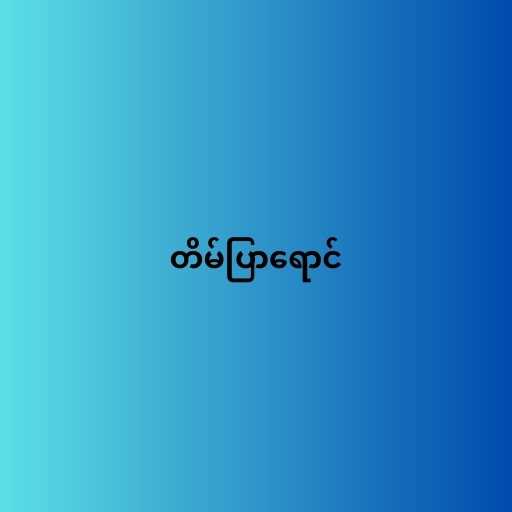
တိမ်ပြာရောင်